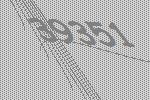
39351